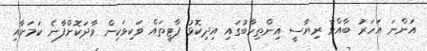
އަންނަ އަހަރު ބާއްވާ ރިޔާސީ އިންތިހާބުގައި އިދިކޮޅު ޕާޓީތައް ވަކިވަކިން ވާދަކޮށްފާނެ ކަމަށާއި